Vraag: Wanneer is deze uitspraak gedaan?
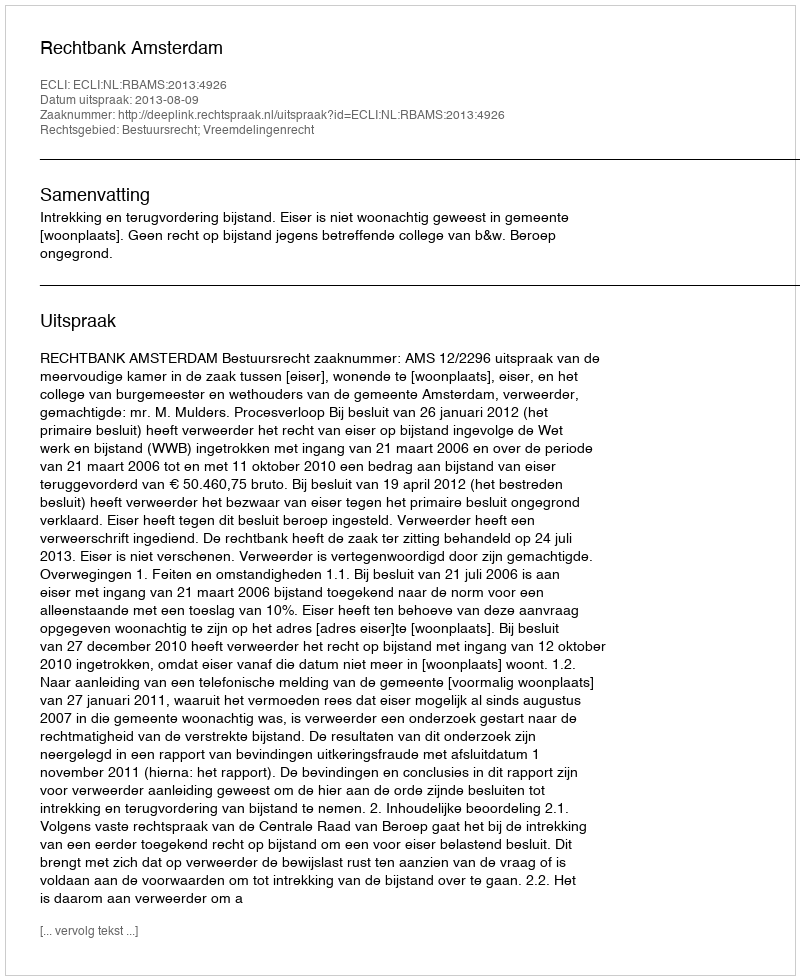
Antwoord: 2013-08-09